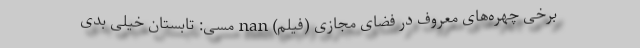
برخی چهره‌های معروف در فضای مجازی (فیلم) nan مسی: تابستان خیلی بدی